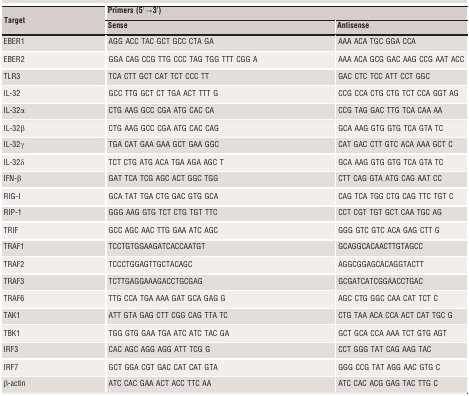
<table><thead><tr><td rowspan="2"><b>Target</b></td><td colspan="2"><b>Primers (5′→3′)</b></td></tr><tr><td><b>Sense</b></td><td><b>Antisense</b></td></tr></thead><tbody><tr><td>EBER1</td><td>AGG ACC TAC GCT GCC CTA GA</td><td>AAA ACA TGC GGA CCA</td></tr><tr><td>EBER2</td><td>GGA CAG CCG TTG CCC TAG TGG TTT CGG A</td><td>AAA ACA GCG GAC AAG CCG AAT ACC</td></tr><tr><td>TLR3</td><td>TCA CTT GCT CAT TCT CCC TT</td><td>GAC CTC TCC ATT CCT GGC</td></tr><tr><td>IL-32</td><td>GCC TTG GCT CT TGA ACT TTT G</td><td>CCG CCA CTG CTG TCT CCA GGT AG</td></tr><tr><td>IL-32α</td><td>CTG AAG GCC CGA ATG CAC CA</td><td>CCG TAG GAC TTG TCA CAA AA</td></tr><tr><td>IL-32β</td><td>CTG AAG GCC CGA ATG CAC CAG</td><td>GCA AAG GTG GTG TCA GTA TC</td></tr><tr><td>IL-32γ</td><td>TGA CAT GAA GAA GCT GAA GGC</td><td>CAT GAC CTT GTC ACA AAA GCT C</td></tr><tr><td>IL-32δ</td><td>TCT CTG ATG ACA TGA AGA AGC T</td><td>GCA AAG GTG GTG TCA GTA TC</td></tr><tr><td>IFN-β</td><td>GAT TCA TCG AGC ACT GGC TGG</td><td>CTT CAG GTA ATG CAG AAT CC</td></tr><tr><td>RIG-I</td><td>GCA TAT TGA CTG GAC GTG GCA</td><td>CAG TCA TGG CTG CAG TTC TGT C</td></tr><tr><td>RIP-1</td><td>GGG AAG GTG TCT CTG TGT TTC</td><td>CCT CGT TGT GCT CAA TGC AG</td></tr><tr><td>TRIF</td><td>GCC AGC AAC TTG GAA ATC AGC</td><td>GGG GTC GTC ACA GAG CTT G</td></tr><tr><td>TRAF1</td><td>TCCTGTGGAAGATCACCAATGT</td><td>GCAGGCACAACTTGTAGCC</td></tr><tr><td>TRAF2</td><td>TCCCTGGAGTTGCTACAGC</td><td>AGGCGGAGCACAGGTACTT</td></tr><tr><td>TRAF3</td><td>TCTTGAGGAAAGACCTGCGAG</td><td>GCGATCATCGGAACCTGAC</td></tr><tr><td>TRAF6</td><td>TTG CCA TGA AAA GAT GCA GAG G</td><td>AGC CTG GGC CAA CAT TCT C</td></tr><tr><td>TAK1</td><td>ATT GTA GAG CTT CGG CAG TTA TC</td><td>CTG TAA ACA CCA ACT CAT TGC G</td></tr><tr><td>TBK1</td><td>TGG GTG GAA TGA ATC ATC TAC GA</td><td>GCT GCA CCA AAA TCT GTG AGT</td></tr><tr><td>IRF3</td><td>CAC AGC AGG AGG ATT TCG G</td><td>CCT GGG TAT CAG AAG TAC</td></tr><tr><td>IRF7</td><td>GCT GGA CGT GAC CAT CAT GTA</td><td>GGG CCG TAT AGG AAC GTG C</td></tr><tr><td>β-actin</td><td>ATC CAC GAA ACT ACC TTC AA</td><td>ATC CAC ACG GAG TAC TTG C</td></tr></tbody></table>